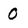
Character: 0